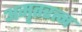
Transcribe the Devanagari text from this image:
अमृतरत्न